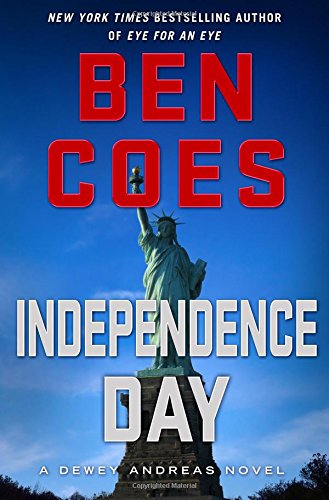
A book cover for Independence Day: A Dewey Andreas Novel; Ben Coes; Mystery, Thriller & Suspense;